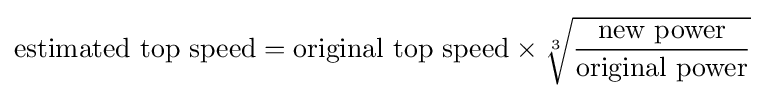
{\text{estimated top speed}}={\text{original top speed}}\times {\sqrt[{3}]{\frac {\text{new power}}{\text{original power}}}}